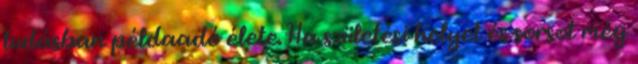
tudásban példaadó élete. Ha születési helyet és sorsot még